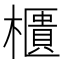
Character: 櫃